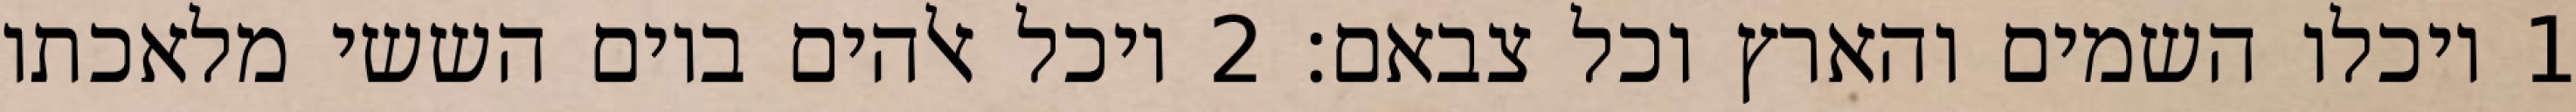
1 ויכלו השמים והארץ וכל צבאם׃ ‎2‏ ויכל אלהים ביום הששי מלאכתו